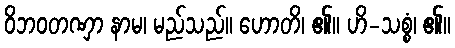
ဝိဘဝတဏှာ နာမ၊ မည်သည်။ ဟောတိ၊ ၏။ ဟိ-သစ္စံ၊ ၏။